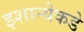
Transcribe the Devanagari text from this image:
इशान्येकडे